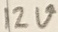
Text: 12V